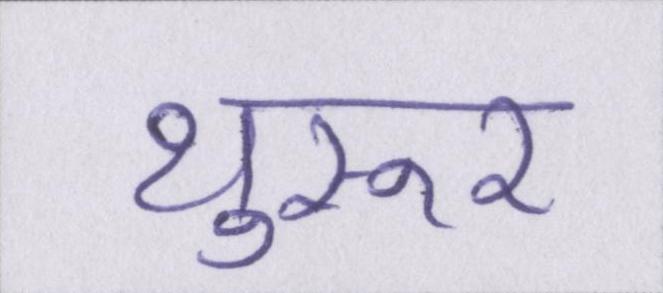
थुरूर